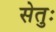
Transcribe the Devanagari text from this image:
सेतुः